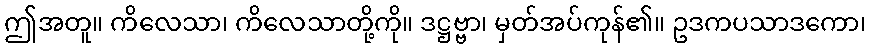
ဤအတူ။ ကိလေသာ၊ ကိလေသာတို့ကို။ ဒဋ္ဌဗ္ဗာ၊ မှတ်အပ်ကုန်၏။ ဥဒကပသာဒကော၊